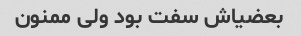
بعضیاش سفت بود ولی ممنون